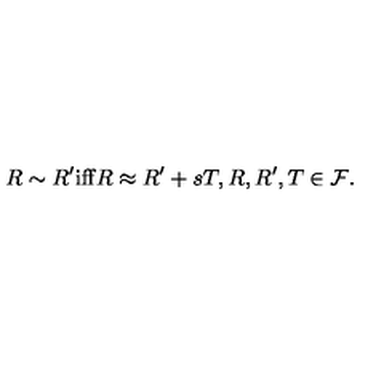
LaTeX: R \sim R ^ { \prime } \mathrm { i f f } R \approx R ^ { \prime } + s T , R , R ^ { \prime } , T \in { \cal F } .